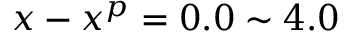
x - x ^ { p } = 0 . 0 \sim 4 . 0